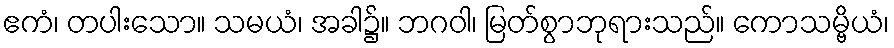
ဧကံ၊ တပါးသော။ သမယံ၊ အခါ၌။ ဘဂဝါ၊ မြတ်စွာဘုရားသည်။ ကောသမ္ဗိယံ၊